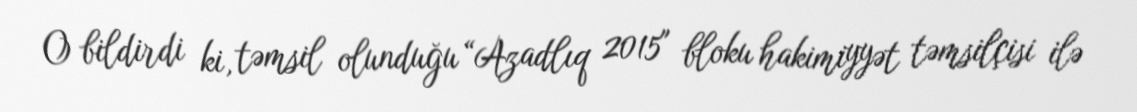
O bildirdi ki, təmsil olunduğu “Azadlıq 2015" bloku hakimiyyət təmsilçisi ilə